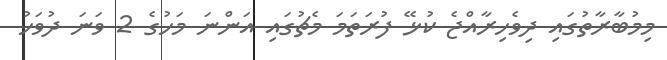
މިމުބާރާތުގައި ދިވެހިރާއްޖެ ކުޅޭ ފުރަތަމަ މެޗުގައި އަންނަ މަހުގެ 2 ވަނަ ދުވަހު